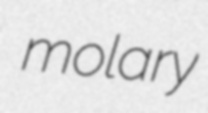
molary